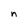
Character: n